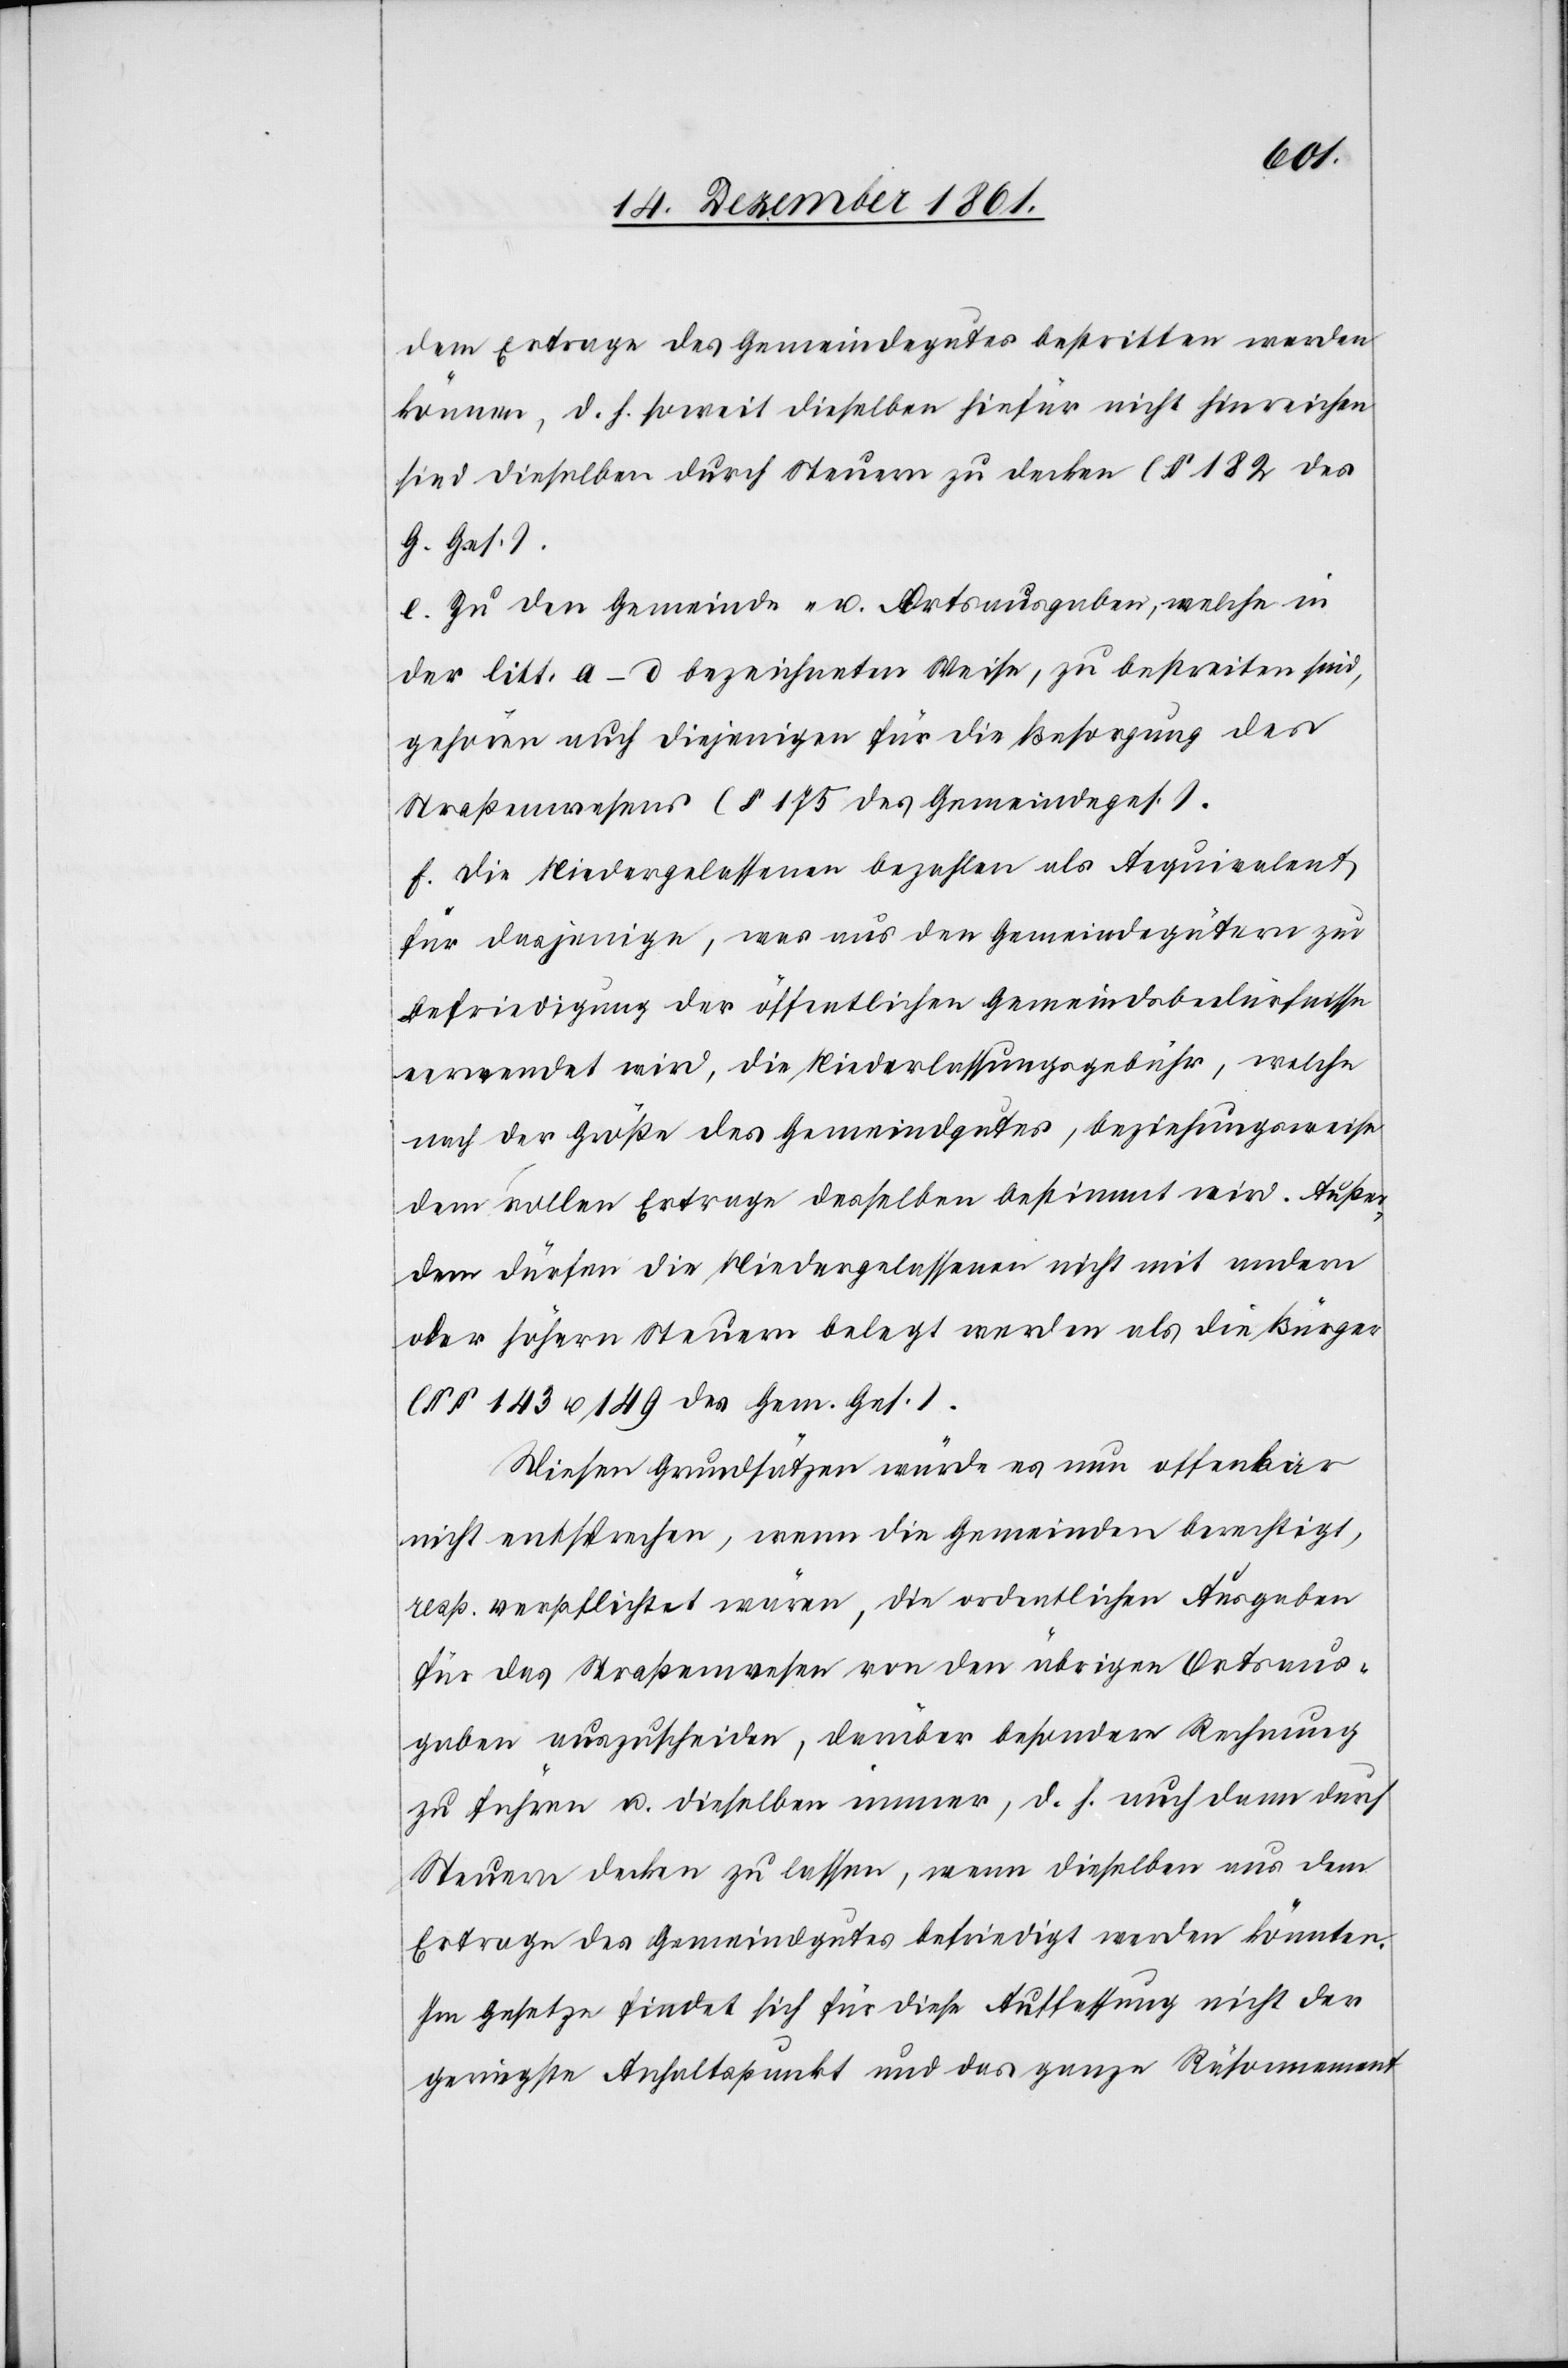
dem Ertrage des Gemeindegutes bestritten werden
können, d. h. soweit dieselben hiefür nicht hinreichen
sind dieselben durch Steuern zu decken (§ 182 des
G. Ges.).
e. Zu den Gemeinde- u. Ortsausgaben, welche in
der litt. a–d bezeichneten Weise, zu bestreiten sind,
gehören auch diejenigen für die Besorgung des
Straßenwesens (§ 175 des Gemeindeges.).
f. Die Niedergelassenen bezahlen als Aequivalent
für dasjenige, was aus den Gemeindegütern zur
Befriedigung der öffentlichen Gemeindsbedürfnisse
verwendet wird, die Niederlassungsgebühr, welche
nach der Größe des Gemeindgutes, beziehungsweise
dem vollen Ertrage desselben bestimmt wird. Außer¬
dem dürfen die Niedergelassenen nicht mit andern
oder höhern Steuern belegt werden als die Bürger
(§§ 143 u. 149 des Gem. Ges.).
Diesen Grundsätzen würde es nun offenbar
nicht entsprechen, wenn die Gemeinden berechtigt,
resp. verpflichtet wären, die ordentlichen Ausgaben
für das Straßenwesen von den übrigen Ortsaus¬
gaben auszuscheiden, darüber besondere Rechnung
zu führen u. dieselben immer, d. h. auch dann durch
Steuern decken zu lassen, wenn dieselben aus dem
Ertrage des Gemeindgutes befriedigt werden könnten.
Im Gesetze findet sich für diese Auffassung nicht der
geringste Anhaltspunkt und das ganze Räsonnement